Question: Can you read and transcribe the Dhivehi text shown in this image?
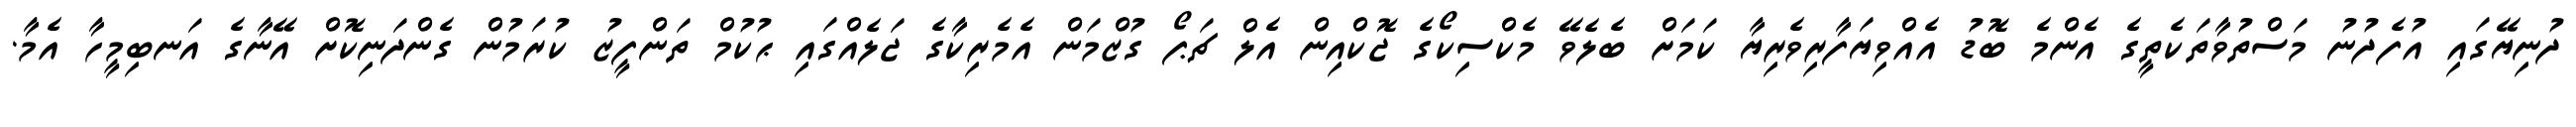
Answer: ދުނިޔޭގައި އުފެދުނު މަސްތުވާތަކެތީގެ އެންމެ ބޮޑު އެއްވިޔަފާރިވެރިޔާ ކަމަށް ބެލެވޭ މެކްސިކޯގެ ޖޮކްއިން އެލް ޗަޕޯ ގުޒްމަން އެމެރިކާގެ ޖަލެއްގައި ޙުކުމް ތަންފީޒު ކުރަމުން ގެންދަނިކޮށް އޭނާގެ އަނބިމީހާ އެމާ.